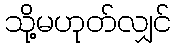
သို့မဟုတ်လျှင်